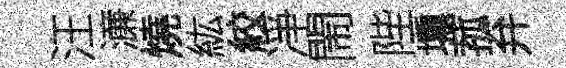
汪濓燒紘絞凈閙陛壎菰弁